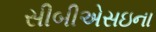
સીબીએસઇના